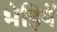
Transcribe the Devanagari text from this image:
भेड़ियें